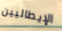
الإيطاليين